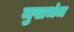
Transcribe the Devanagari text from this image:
मुखभंज